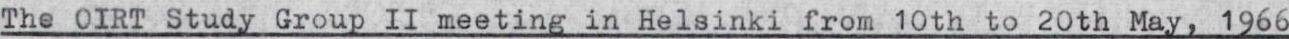
The 0IRT Study Group II meeting in Helsinki from 10th to 20th May, 1966